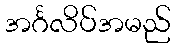
အင်္ဂလိပ်အမည်